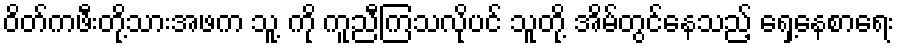
ဝိတ်ကဖီးတို့သားအဖက သူ့ ကို ကူညီကြသလိုပင် သူတို့ အိမ်တွင်နေသည့် ရှေ့နေစာရေး